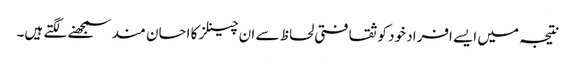
نتیجہ میں ایسے افراد خود کو ثقافتی لحاظ سے ان چینلز کا احسان مند سمجھنے لگتے ہیں۔